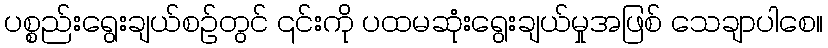
ပစ္စည်းရွေးချယ်စဉ်တွင် ၎င်းကို ပထမဆုံးရွေးချယ်မှုအဖြစ် သေချာပါစေ။